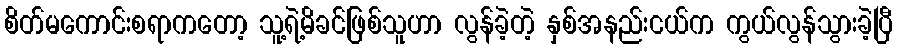
စိတ်မကောင်းစရာကတော့ သူ့ရဲ့မိခင်ဖြစ်သူဟာ လွန်ခဲ့တဲ့ နှစ်အနည်းငယ်က ကွယ်လွန်သွားခဲ့ပြီ